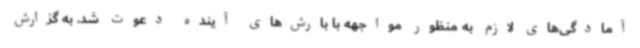
آمادگی‌های لازم به منظور مواجهه با بارش‌های آینده دعوت شد. به گزارش